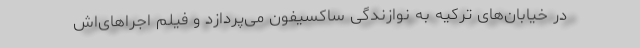
در خیابان‌های ترکیه به نوازندگی ساکسیفون می‌پردازد و فیلم اجراهای‌اش